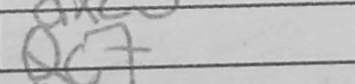
Transcription: Qc7